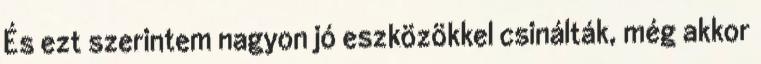
És ezt szerintem nagyon jó eszközökkel csinálták, még akkor